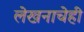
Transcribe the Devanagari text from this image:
लेखनाचेही